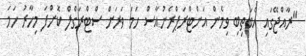
"ރާއްޖޭގައި އެބަތިބި ވިމެން އަންޓްރަޕްރެނުއާސް ހަމަ ވަރަށް ސްޓްރަގްލް ކޮށްފަ މިހާރު ހަމަ